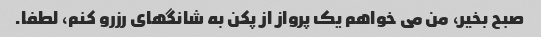
صبح بخیر، من می خواهم یک پرواز از پکن به شانگهای رزرو کنم، لطفا.